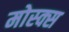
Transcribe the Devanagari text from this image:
मोस्क्स